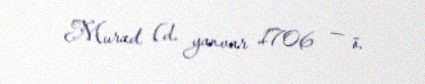
Murad (d. yanvar 1706 — ö.